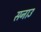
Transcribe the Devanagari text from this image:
सनाउ